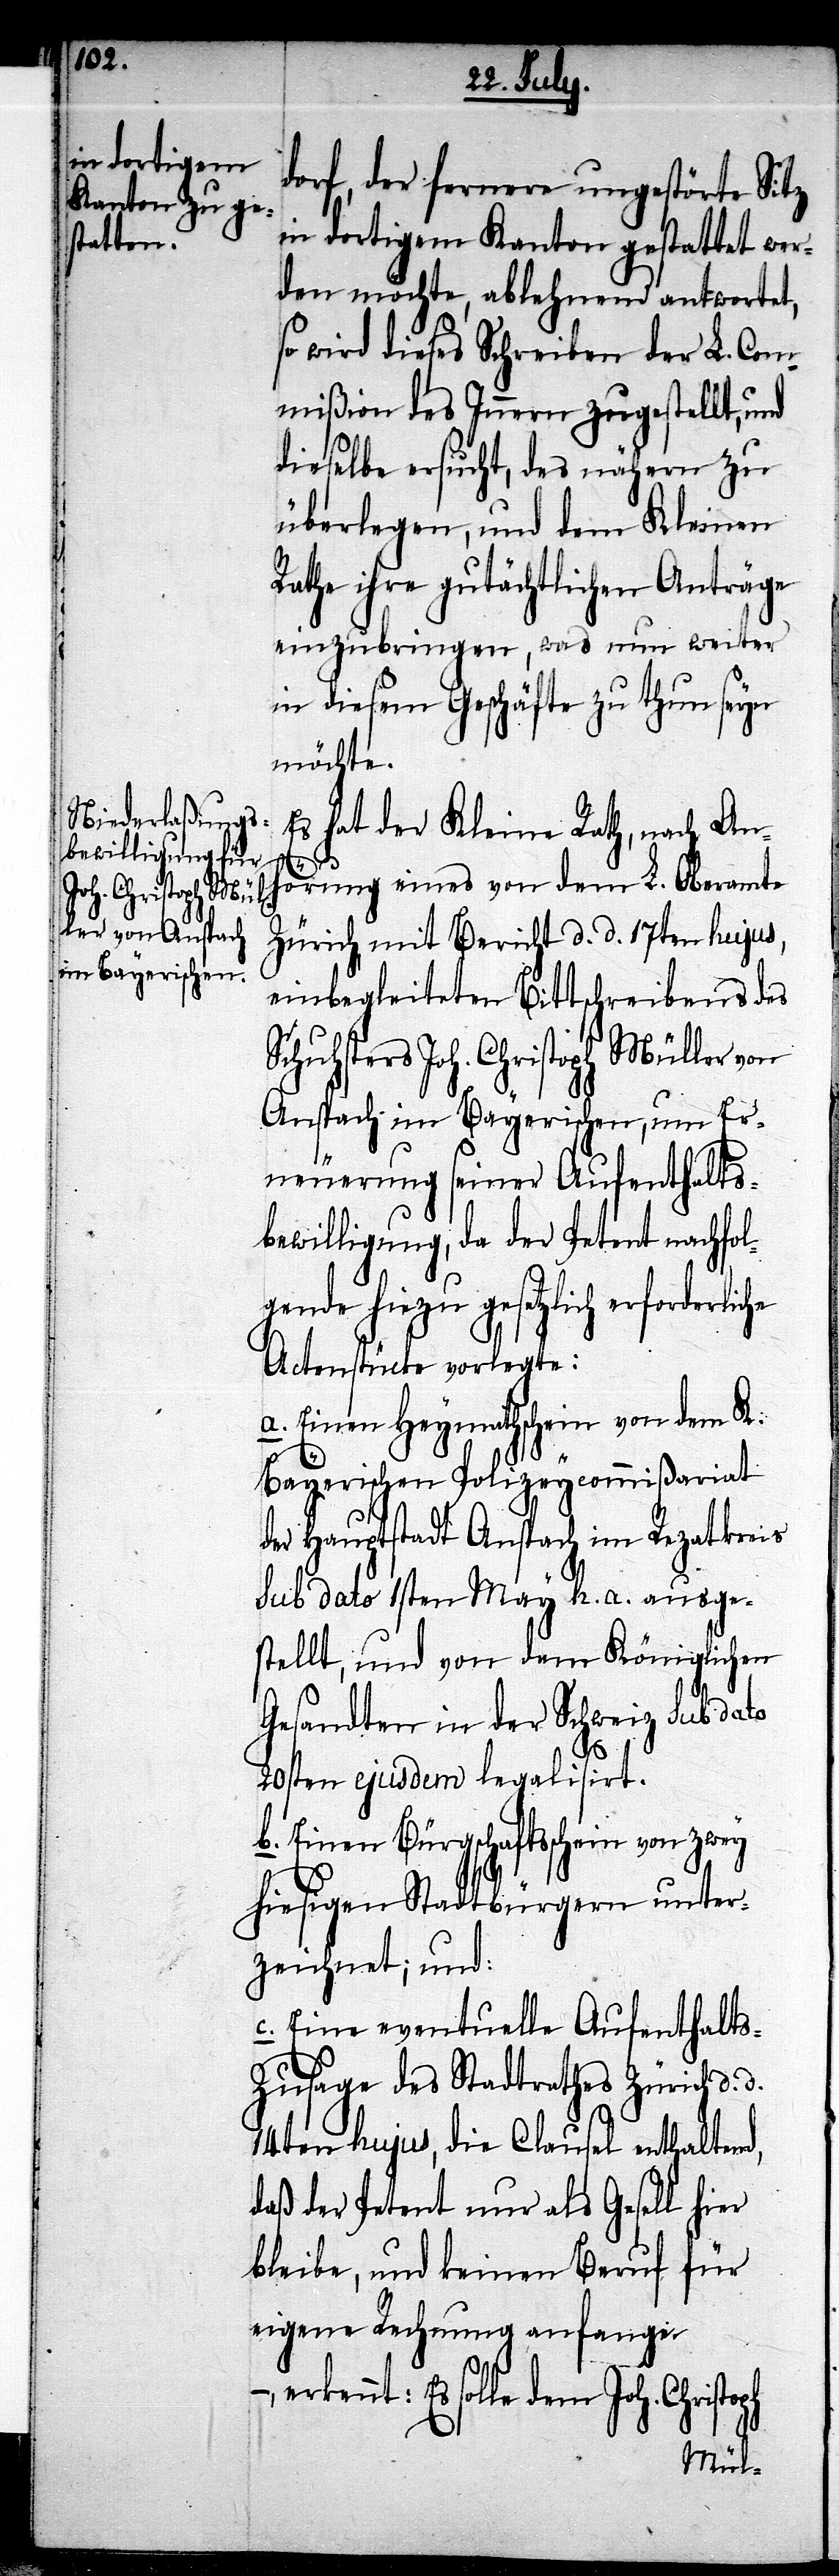
dorf, der fernere ungestörte Sitz
in dortigem Kanton gestattet wer¬
den möchte, ablehnend antwortet,
so wird dieses Schreiben der L. Com¬
mißion des Innern zugestellt, und
dieselbe ersucht, des nähern zu
überlegen, und dem Kleinen
Rathe ihre gutächtlichen Anträge
einzubringen, was nun weiter
in diesem Geschäfte zu thun seyn
möchte.
Es hat der Kleine Rath, nach Anh¬
örung eines von dem L. Oberamte
Zürich, mit Bericht d. d. 17ten hujus,
einbegleiteten Bittschreibens des
Schusters Joh. Christoph Müller von
Anspach im Bayerischen, um Er¬
neuerung seiner Aufenthalts¬
bewilligung, da der Petent nachfol¬
gende hiezu gesetzlich erforderli¬
Actenstücke vorlegte:
a. Einen Heymathschein von dem K.
Bayerischen Polizeycommißariat
der Hauptstadt Anspach im Rezatkreis
sub dato 1sten May h. a. ausge¬
stellt, und von dem Königlichen
Gesandten in der Schweiz, sub dato
er¬
20sten ejusdem legalisirt.
b. Einen Bürgschaftsschein von zwey
hiesigen Stadtbürgern unter¬
zeichnet; und:
c. Eine eventuelle Aufenthalts¬
zusage des Stadtrathes Zürich d.
14ten hujus, die Clausel enthaltend,
daß der Patent nur als Gesell hier
bleibe, und keinen Beruf für
eigene Rechnung anfange
kennt: Es solle dem Joh. Christoph